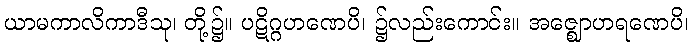
ယာမကာလိကာဒီသု၊ တို့၌။ ပဋိဂ္ဂဟဏေပိ၊ ၌လည်းကောင်း။ အဇ္ဈောဟရဏေပိ၊